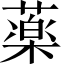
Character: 薬